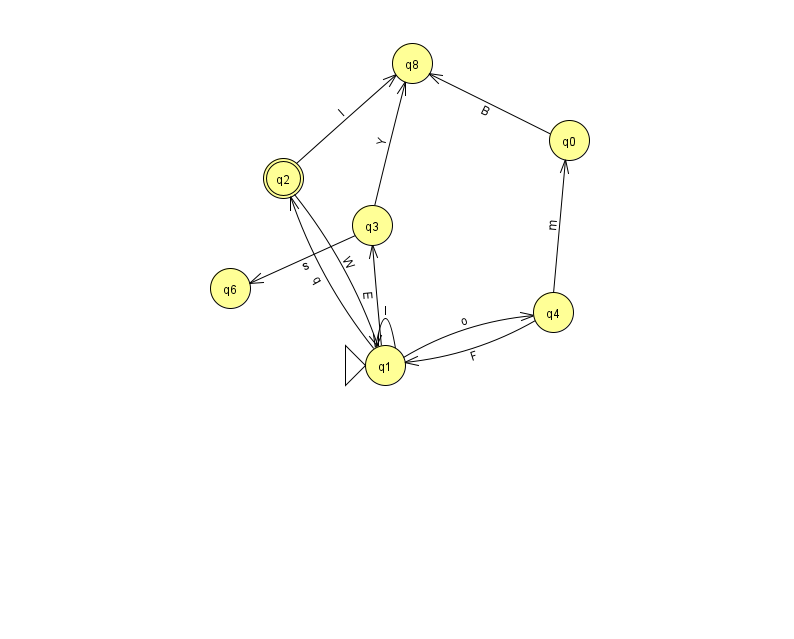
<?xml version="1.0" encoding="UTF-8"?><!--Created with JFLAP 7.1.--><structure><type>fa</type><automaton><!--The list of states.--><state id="0" name="q0"><x>569.0</x><y>127.0</y></state><state id="1" name="q1"><x>385.0</x><y>352.0</y><initial/></state><state id="2" name="q2"><x>283.0</x><y>165.0</y><final/></state><state id="3" name="q3"><x>372.0</x><y>212.0</y></state><state id="4" name="q4"><x>553.0</x><y>299.0</y></state><state id="6" name="q6"><x>230.0</x><y>275.0</y></state><state id="8" name="q8"><x>412.0</x><y>50.0</y></state><!--The list of transitions.--><transition><from>1</from><to>2</to><read>q</read></transition><transition><from>1</from><to>3</to><read>E</read></transition><transition><from>1</from><to>4</to><read>o</read></transition><transition><from>2</from><to>1</to><read>W</read></transition><transition><from>1</from><to>1</to><read>I</read></transition><transition><from>3</from><to>6</to><read>s</read></transition><transition><from>4</from><to>1</to><read>F</read></transition><transition><from>0</from><to>8</to><read>B</read></transition><transition><from>2</from><to>8</to><read>l</read></transition><transition><from>3</from><to>8</to><read>Y</read></transition><transition><from>4</from><to>0</to><read>m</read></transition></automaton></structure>